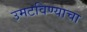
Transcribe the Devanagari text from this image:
उमटविण्याचा